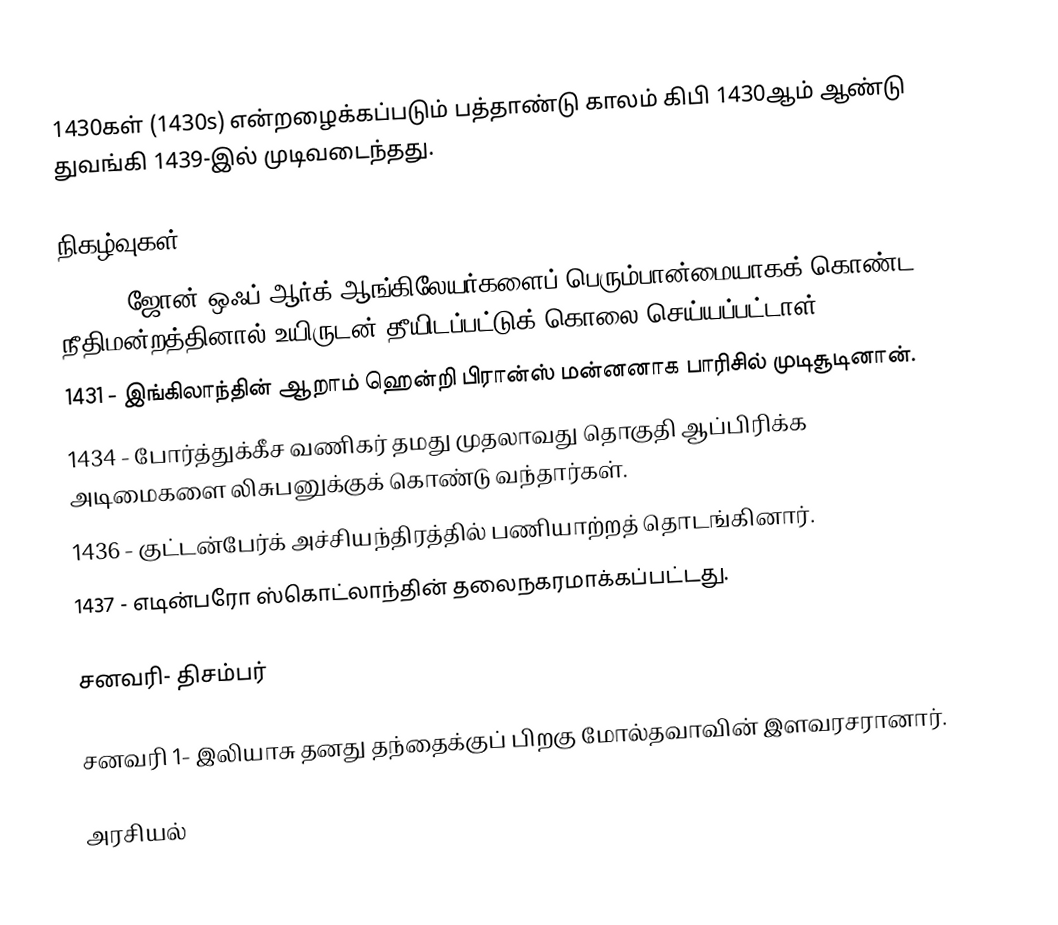
1430கள் (1430s) என்றழைக்கப்படும் பத்தாண்டு காலம் கிபி 1430ஆம் ஆண்டு துவங்கி 1439-இல் முடிவடைந்தது.

நிகழ்வுகள்
 1431 - ஜோன் ஒஃப் ஆர்க் ஆங்கிலேயர்களைப் பெரும்பான்மையாகக் கொண்ட நீதிமன்றத்தினால் உயிருடன் தீயிடப்பட்டுக் கொலை செய்யப்பட்டாள்.
 1431 - இங்கிலாந்தின் ஆறாம் ஹென்றி பிரான்ஸ் மன்னனாக பாரிசில் முடிசூடினான்.
 1434 - போர்த்துக்கீச வணிகர் தமது முதலாவது தொகுதி ஆப்பிரிக்க அடிமைகளை லிசுபனுக்குக் கொண்டு வந்தார்கள்.
 1436 - குட்டன்பேர்க் அச்சியந்திரத்தில் பணியாற்றத் தொடங்கினார்.
 1437 - எடின்பரோ ஸ்கொட்லாந்தின் தலைநகரமாக்கப்பட்டது.

சனவரி- திசம்பர்

 சனவரி 1- இலியாசு தனது தந்தைக்குப் பிறகு மோல்தவாவின் இளவரசரானார்.

அரசியல்